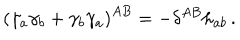
\left( \gamma _ { a } \gamma _ { b } + \gamma _ { b } \gamma _ { a } \right) ^ { A B } = - \delta ^ { A B } h _ { a b } \, .